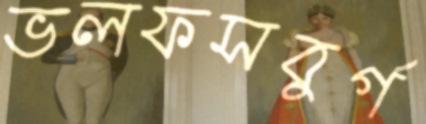
ভলফসবুর্গ